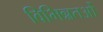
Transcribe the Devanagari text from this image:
विभिन्नतओं